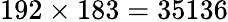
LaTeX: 192\times 183=35136